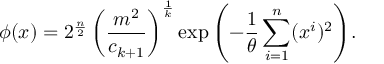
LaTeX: \phi ( x ) = 2 ^ { \frac { n } { 2 } } \left( \frac { m ^ { 2 } } { c _ { k + 1 } } \right) ^ { \frac { 1 } { k } } \exp { \left( - \frac { 1 } { \theta } \sum _ { i = 1 } ^ { n } ( x ^ { i } ) ^ { 2 } \right) } .